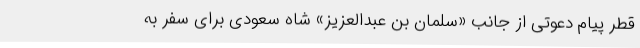
قطر پیام دعوتی از جانب «سلمان بن عبدالعزیز» شاه سعودی برای سفر به